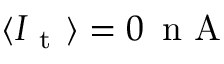
\langle I _ { \mathrm { ~ t ~ } } \rangle = 0 \, \mathrm { ~ n ~ A ~ }